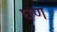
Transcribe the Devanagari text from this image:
घण